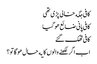
کافی جگه خالی پڑی تھی
کافی پانی ضائع هو گیا
کافی تھک گئے
اب اگر لکھنے والوں کا یه حال هو گا تو ؟